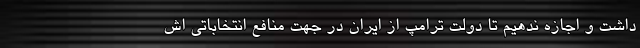
داشت و اجازه ندهیم تا دولت ترامپ از ایران در جهت منافع انتخاباتی اش